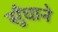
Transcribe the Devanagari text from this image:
सुँघाने